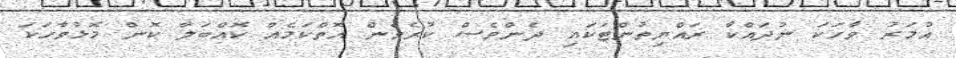
އުމަރު ވާހަކަ ނުދައްކާ ރައްޔިތުންޓަކައި ދެންވެސް ކުރެވެން އޮތްކަމެއް ކޮއްބަލާ ކޮން މޮޅުވާހަކަ